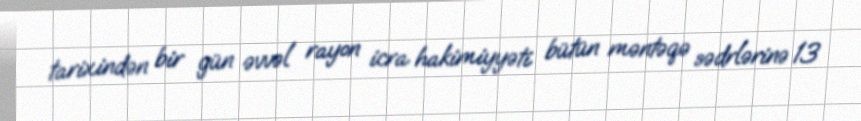
tarixindən bir gün əvvəl rayon icra hakimiyyəti bütün məntəqə sədrlərinə 13